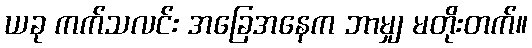
ယခု ကက်သလင်း အခြေအနေက ဘာမျှ မတိုးတက်။